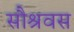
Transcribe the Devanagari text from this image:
सौश्रवस